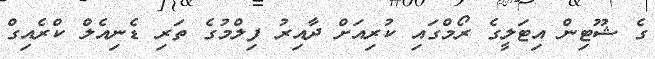
ގެ ޝޫޓިން އިޓަލީގެ ރޯމްގައި ކުރިއަށް ދާއިރު ފިލްމުގެ ތަރި ޑެނިއެލް ކްރެއިގް